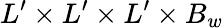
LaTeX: L^{\prime}\times L^{\prime}\times L^{\prime}\times B_{w}